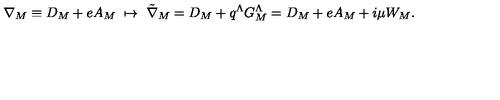
\nabla _ { M } \equiv { D } _ { M } + e A _ { M } \ \mapsto \ { \tilde { \nabla } } _ { M } = { D } _ { M } + q ^ { \Lambda } G _ { M } ^ { \Lambda } = { D } _ { M } + e A _ { M } + i \mu W _ { M } .